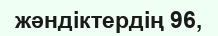
жәндіктердің 96,